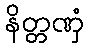
နိတ္တဏှံ